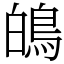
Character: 䳆